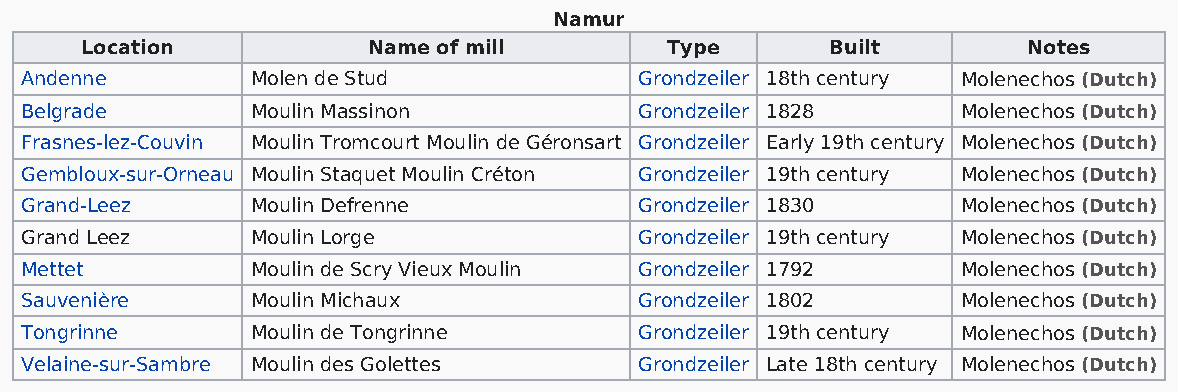
Namur
 Location           Name of mill        Type       Built        Notes
 Andenne         Molen de Stud            Grondzeiler 18th century Molenechos (Dutch)
 Belgrade        Moulin Massinon          Grondzeiler 1828      Molenechos (Dutch)
 Frasnes-lez-Couvin Moulin Tromcourt Moulin de Géronsart Grondzeiler Early 19th century Molenechos (Dutch)
 Gembloux-sur-Orneau Moulin Staquet Moulin Créton Grondzeiler 19th century Molenechos (Dutch)
 Grand-Leez      Moulin Defrenne          Grondzeiler 1830      Molenechos (Dutch)
 Grand Leez      Moulin Lorge             Grondzeiler 19th century Molenechos (Dutch)
 Mettet          Moulin de Scry Vieux Moulin Grondzeiler 1792   Molenechos (Dutch)
 Sauvenière      Moulin Michaux           Grondzeiler 1802      Molenechos (Dutch)
 Tongrinne       Moulin de Tongrinne      Grondzeiler 19th century Molenechos (Dutch)
 Velaine-sur-Sambre Moulin des Golettes   Grondzeiler Late 18th century Molenechos (Dutch)